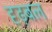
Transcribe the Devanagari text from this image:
दृढ़बल